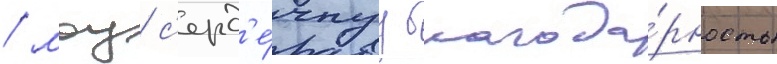
/ моу с'ерд'е́чнуу благода́рность